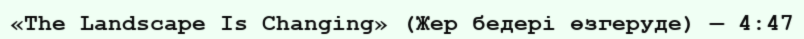
«The Landscape Is Changing» (Жер бедері өзгеруде) — 4:47